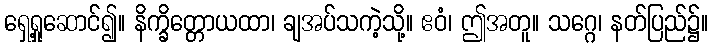
ရှေ့ရှုဆောင်၍။ နိက္ခိတ္တောယထာ၊ ချအပ်သကဲ့သို့။ ဧဝံ၊ ဤအတူ။ သဂ္ဂေ၊ နတ်ပြည်၌။